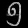
Digit: ၅